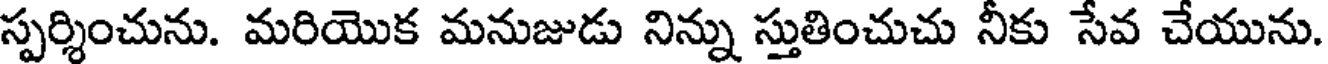
స్పర్శించును. మరియొక మనుజుడు నిన్ను స్తుతించుచు నీకు సేవ చేయును.